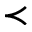
\prec